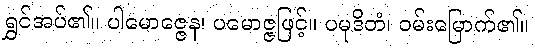
ရွှင်အပ်၏။ ပါမောဇ္ဇေန၊ ပမောဇ္ဇဖြင့်။ ပမုဒိတံ၊ ဝမ်းမြောက်၏။